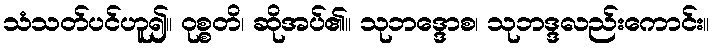
သံသတ်ပင်ဟူ၍။ ဝုစ္စတိ၊ ဆိုအပ်၏။ သုဘဒ္ဒောစ၊ သုဘဒ္ဒလည်းကောင်း။